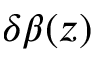
\delta \beta ( z )